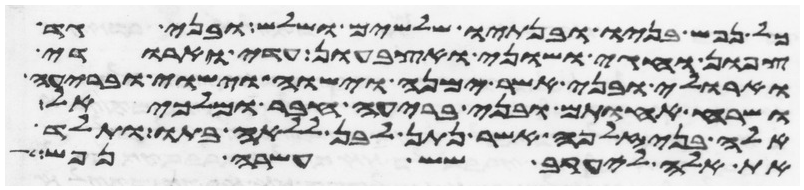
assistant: כל נפש בניו ובנתיו שלשים ושלש ובני גד
צפון וחגי ושוני ואצבעון עדי וארודי
וארולי ובני אשר ימנה וישוה וישוי ובריעה
ושרח אחותם ובני בריעה חבר ומלכיאל
אלה בני זלפה אשר נתן לבן ללאה בתו ותלד
את אלה ליעקב שש עשרה נפש